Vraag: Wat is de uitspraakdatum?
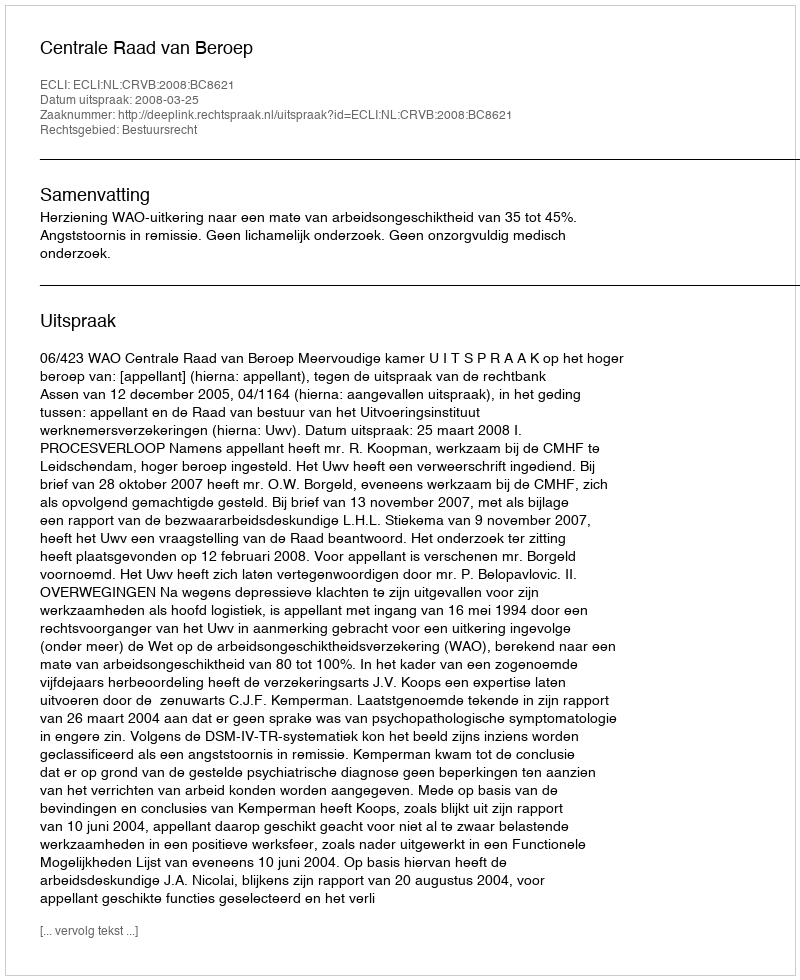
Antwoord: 2008-03-25